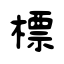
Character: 標